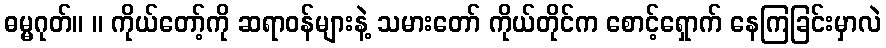
ဓမ္မဂုတ်။ ။ ကိုယ်တော့်ကို ဆရာဝန်များနဲ့ သမားတော် ကိုယ်တိုင်က စောင့်ရှောက် နေကြခြင်းမှာလဲ